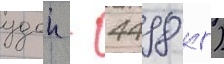
удои - 4498 кг)